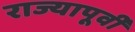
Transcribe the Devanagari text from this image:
राज्यापूर्वीं